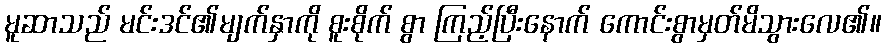
မူဆာသည် မင်းဒင်၏မျက်နှာကို စူးစိုက် စွာ ကြည့်ပြီးနောက် ကောင်းစွာမှတ်မိသွားလေ၏။